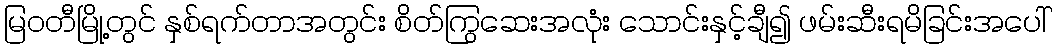
မြဝတီမြို့တွင် နှစ်ရက်တာအတွင်း စိတ်ကြွဆေးအလုံး သောင်းနှင့်ချီ၍ ဖမ်းဆီးရမိခြင်းအပေါ်